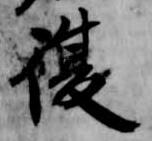
復